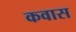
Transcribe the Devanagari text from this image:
कवास